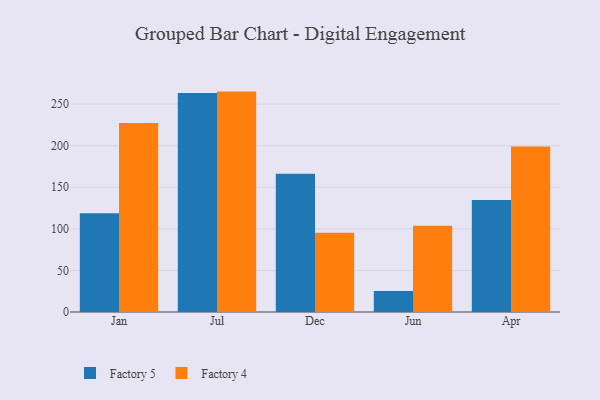
{"axis": {"x": "Month", "y": "Website Visitors"}, "legend": ["Factory 4", "Factory 5"], "data": [{"x": "Jan", "y": 118.8, "type": "Factory 5"}, {"x": "Jan", "y": 227.2, "type": "Factory 4"}, {"x": "Jul", "y": 263.5, "type": "Factory 5"}, {"x": "Jul", "y": 265.1, "type": "Factory 4"}, {"x": "Dec", "y": 166.3, "type": "Factory 5"}, {"x": "Dec", "y": 95.2, "type": "Factory 4"}, {"x": "Jun", "y": 25.2, "type": "Factory 5"}, {"x": "Jun", "y": 103.6, "type": "Factory 4"}, {"x": "Apr", "y": 134.7, "type": "Factory 5"}, {"x": "Apr", "y": 199.1, "type": "Factory 4"}]}